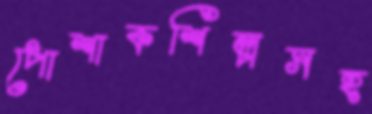
পোশাকশিল্পসহ